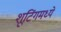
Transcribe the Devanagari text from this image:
शूटिंगमध्ये